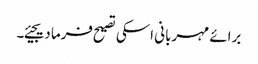
برائے مہربانی اسکی تصیح فرما دیجیئے۔